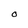
Character: O